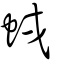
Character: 𧊥